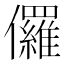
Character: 儸